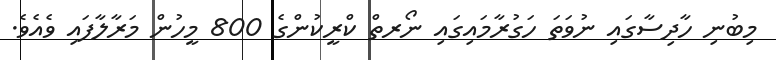
މިބުނި ހާދިސާގައި ނުވަތަ ހަގުރާމައިގައި ނޯރތް ކްރީކުންގެ 800 މީހުން މަރާލާފައި ވެއެވެ.